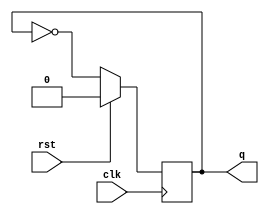
// Code your design here
module toggle_ff(q,rst,clk);
  input rst,clk;
  output reg q;
  always@(posedge clk)
    if (rst)
    q <= 0 ;
    else
      q <= ~q;
endmodule
module freq_div_4(Q,rst,clk);
  input clk,rst;
  output Q;
  wire [1:0] t;
  assign Q = t[1];
  toggle_ff f0(t[0],rst,clk);
  toggle_ff f1(t[1],rst,~t[0]);
endmodule